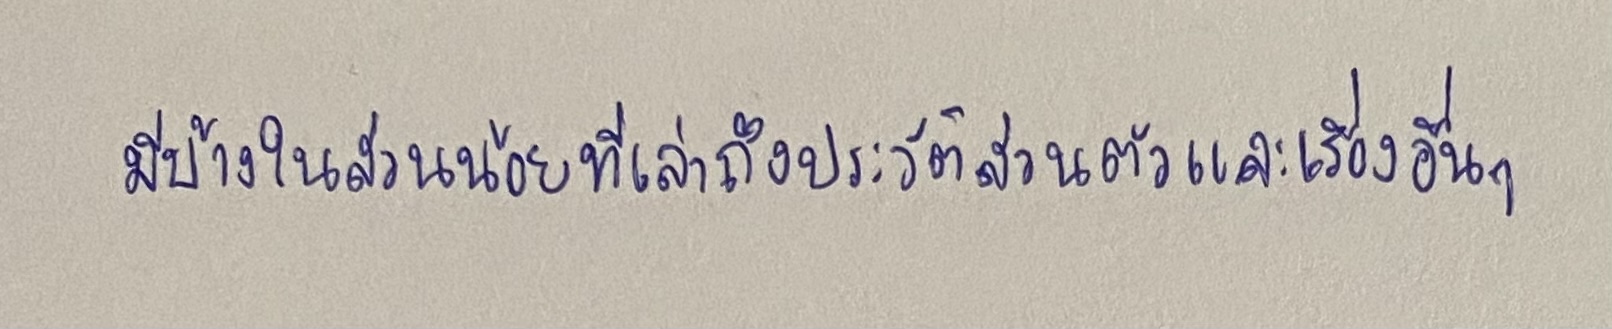
มีบ้างในส่วนน้อยที่เล่าถึงประวัติส่วนตัวและเรื่องอื่นๆ